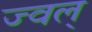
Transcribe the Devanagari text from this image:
ज्वल्